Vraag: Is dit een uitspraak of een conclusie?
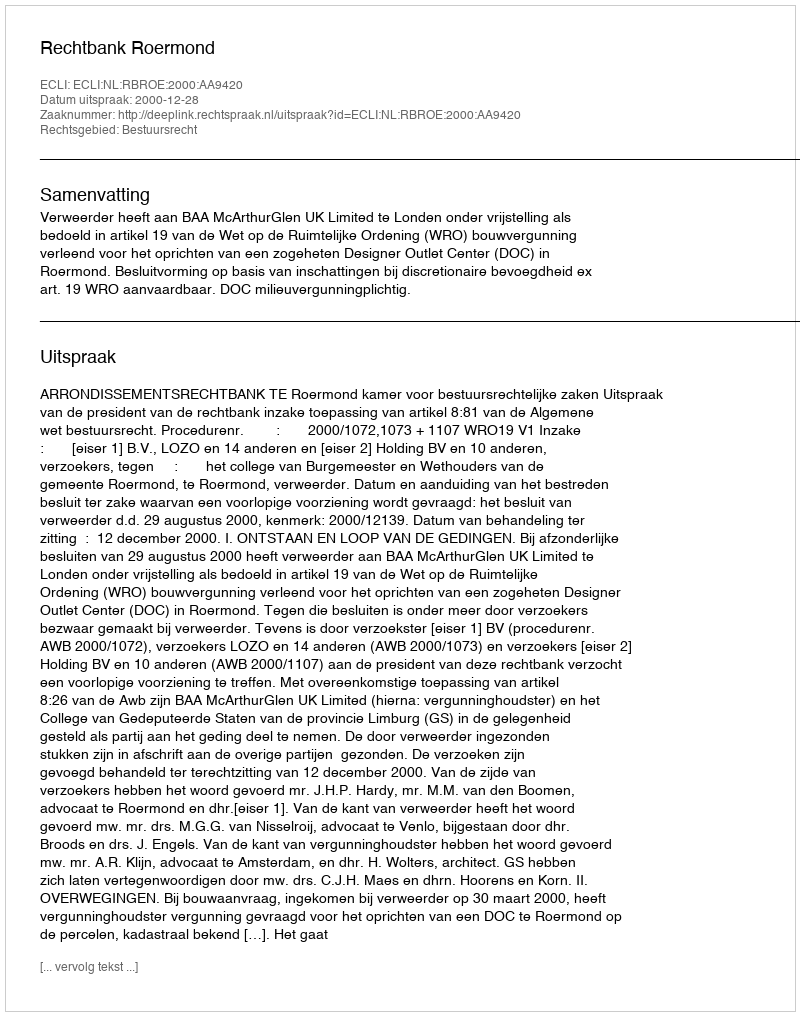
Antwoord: Uitspraak